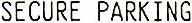
SECURE PARKING